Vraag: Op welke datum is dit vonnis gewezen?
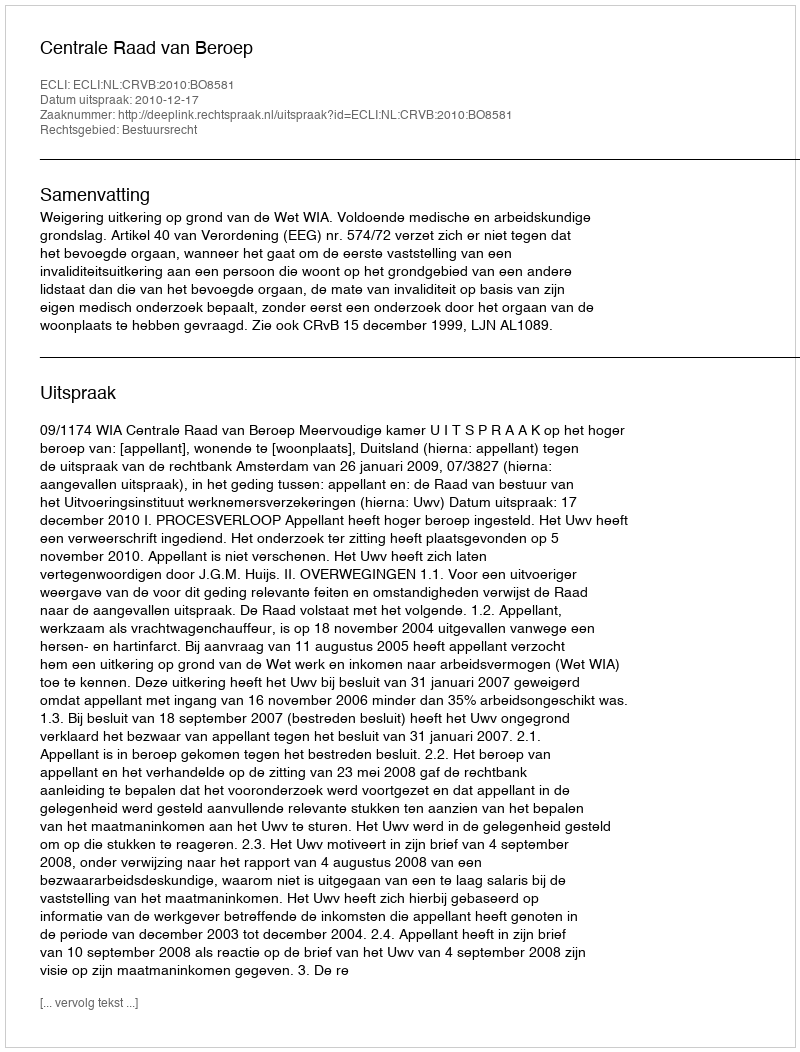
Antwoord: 2010-12-17